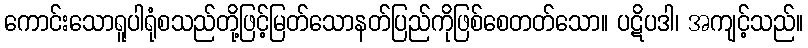
ကောင်းသောရူပါရုံစသည်တို့ဖြင့်မြတ်သောနတ်ပြည်ကိုဖြစ်စေတတ်သော။ ပဋိပဒါ၊ အကျင့်သည်။